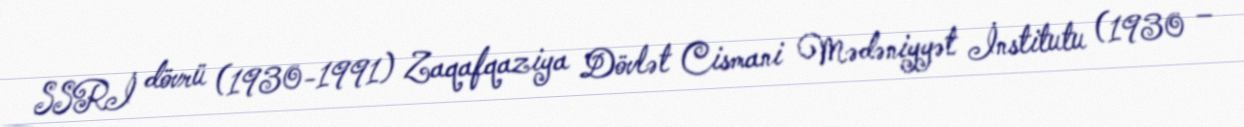
SSRİ dövrü (1930-1991) Zaqafqaziya Dövlət Cismani Mədəniyyət İnstitutu (1930 –